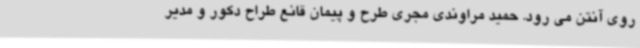
روی آنتن می رود. حمید مراوندی مجری طرح و پیمان قانع طراح دکور و مدیر